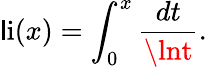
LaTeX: \operatorname{\mathsf{l}i}(x)=\int_{0}^{x}{\frac{{dt}}{{\lnt}}}.